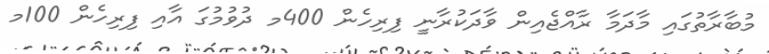
މުބާރާތުގައި މާދަމާ ރާއްޖެއިން ވާދަކުރާނީ ފިރިހެން 400މ ދުވުމުގަ އާއި ފިރިހެން 100މ